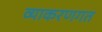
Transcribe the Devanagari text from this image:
व्याकरणगत